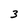
Character: 3